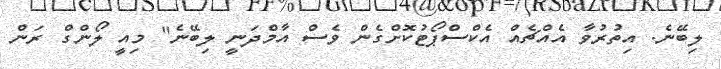
ލިބޭނެ. އިތުރުވާ އެއްޗެއް އެކްސްޕޯޓުކޮށްގެން ވެސް އާމްދަނީ ލިބޭނެ" މިއީ ލޯންގް ރަން